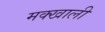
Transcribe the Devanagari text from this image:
मक्खाली